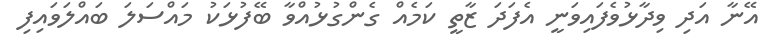
އޭނާ އަދި ވިދާޅުވެފައިވަނީ އެފަދަ ޒާތީ ކަމެއް ގެންގުޅުއްވާ ބޭފުޅަކު މައްސަލަ ބައްލަވައިފި